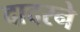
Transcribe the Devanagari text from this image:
दादरने